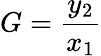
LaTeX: G={\frac{y_{2}}{x_{1}}}